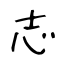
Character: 志